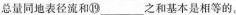
总量同地表径流和⑲___之和基本是相等的。